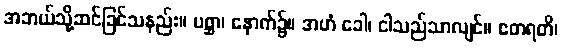
အဘယ်သို့ဆင်ခြင်သနည်း။ ပစ္ဆာ၊ နောက်၌။ အဟံ ခေါ၊ ငါသည်သာလျင်။ ဧတရတိ၊